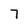
Character: 7